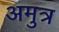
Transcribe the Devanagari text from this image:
अमुत्र